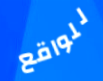
للواقع